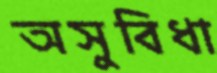
অসুবিধা